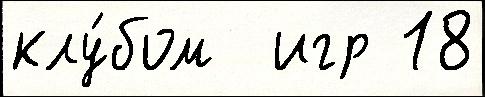
клу́бом  игр 18